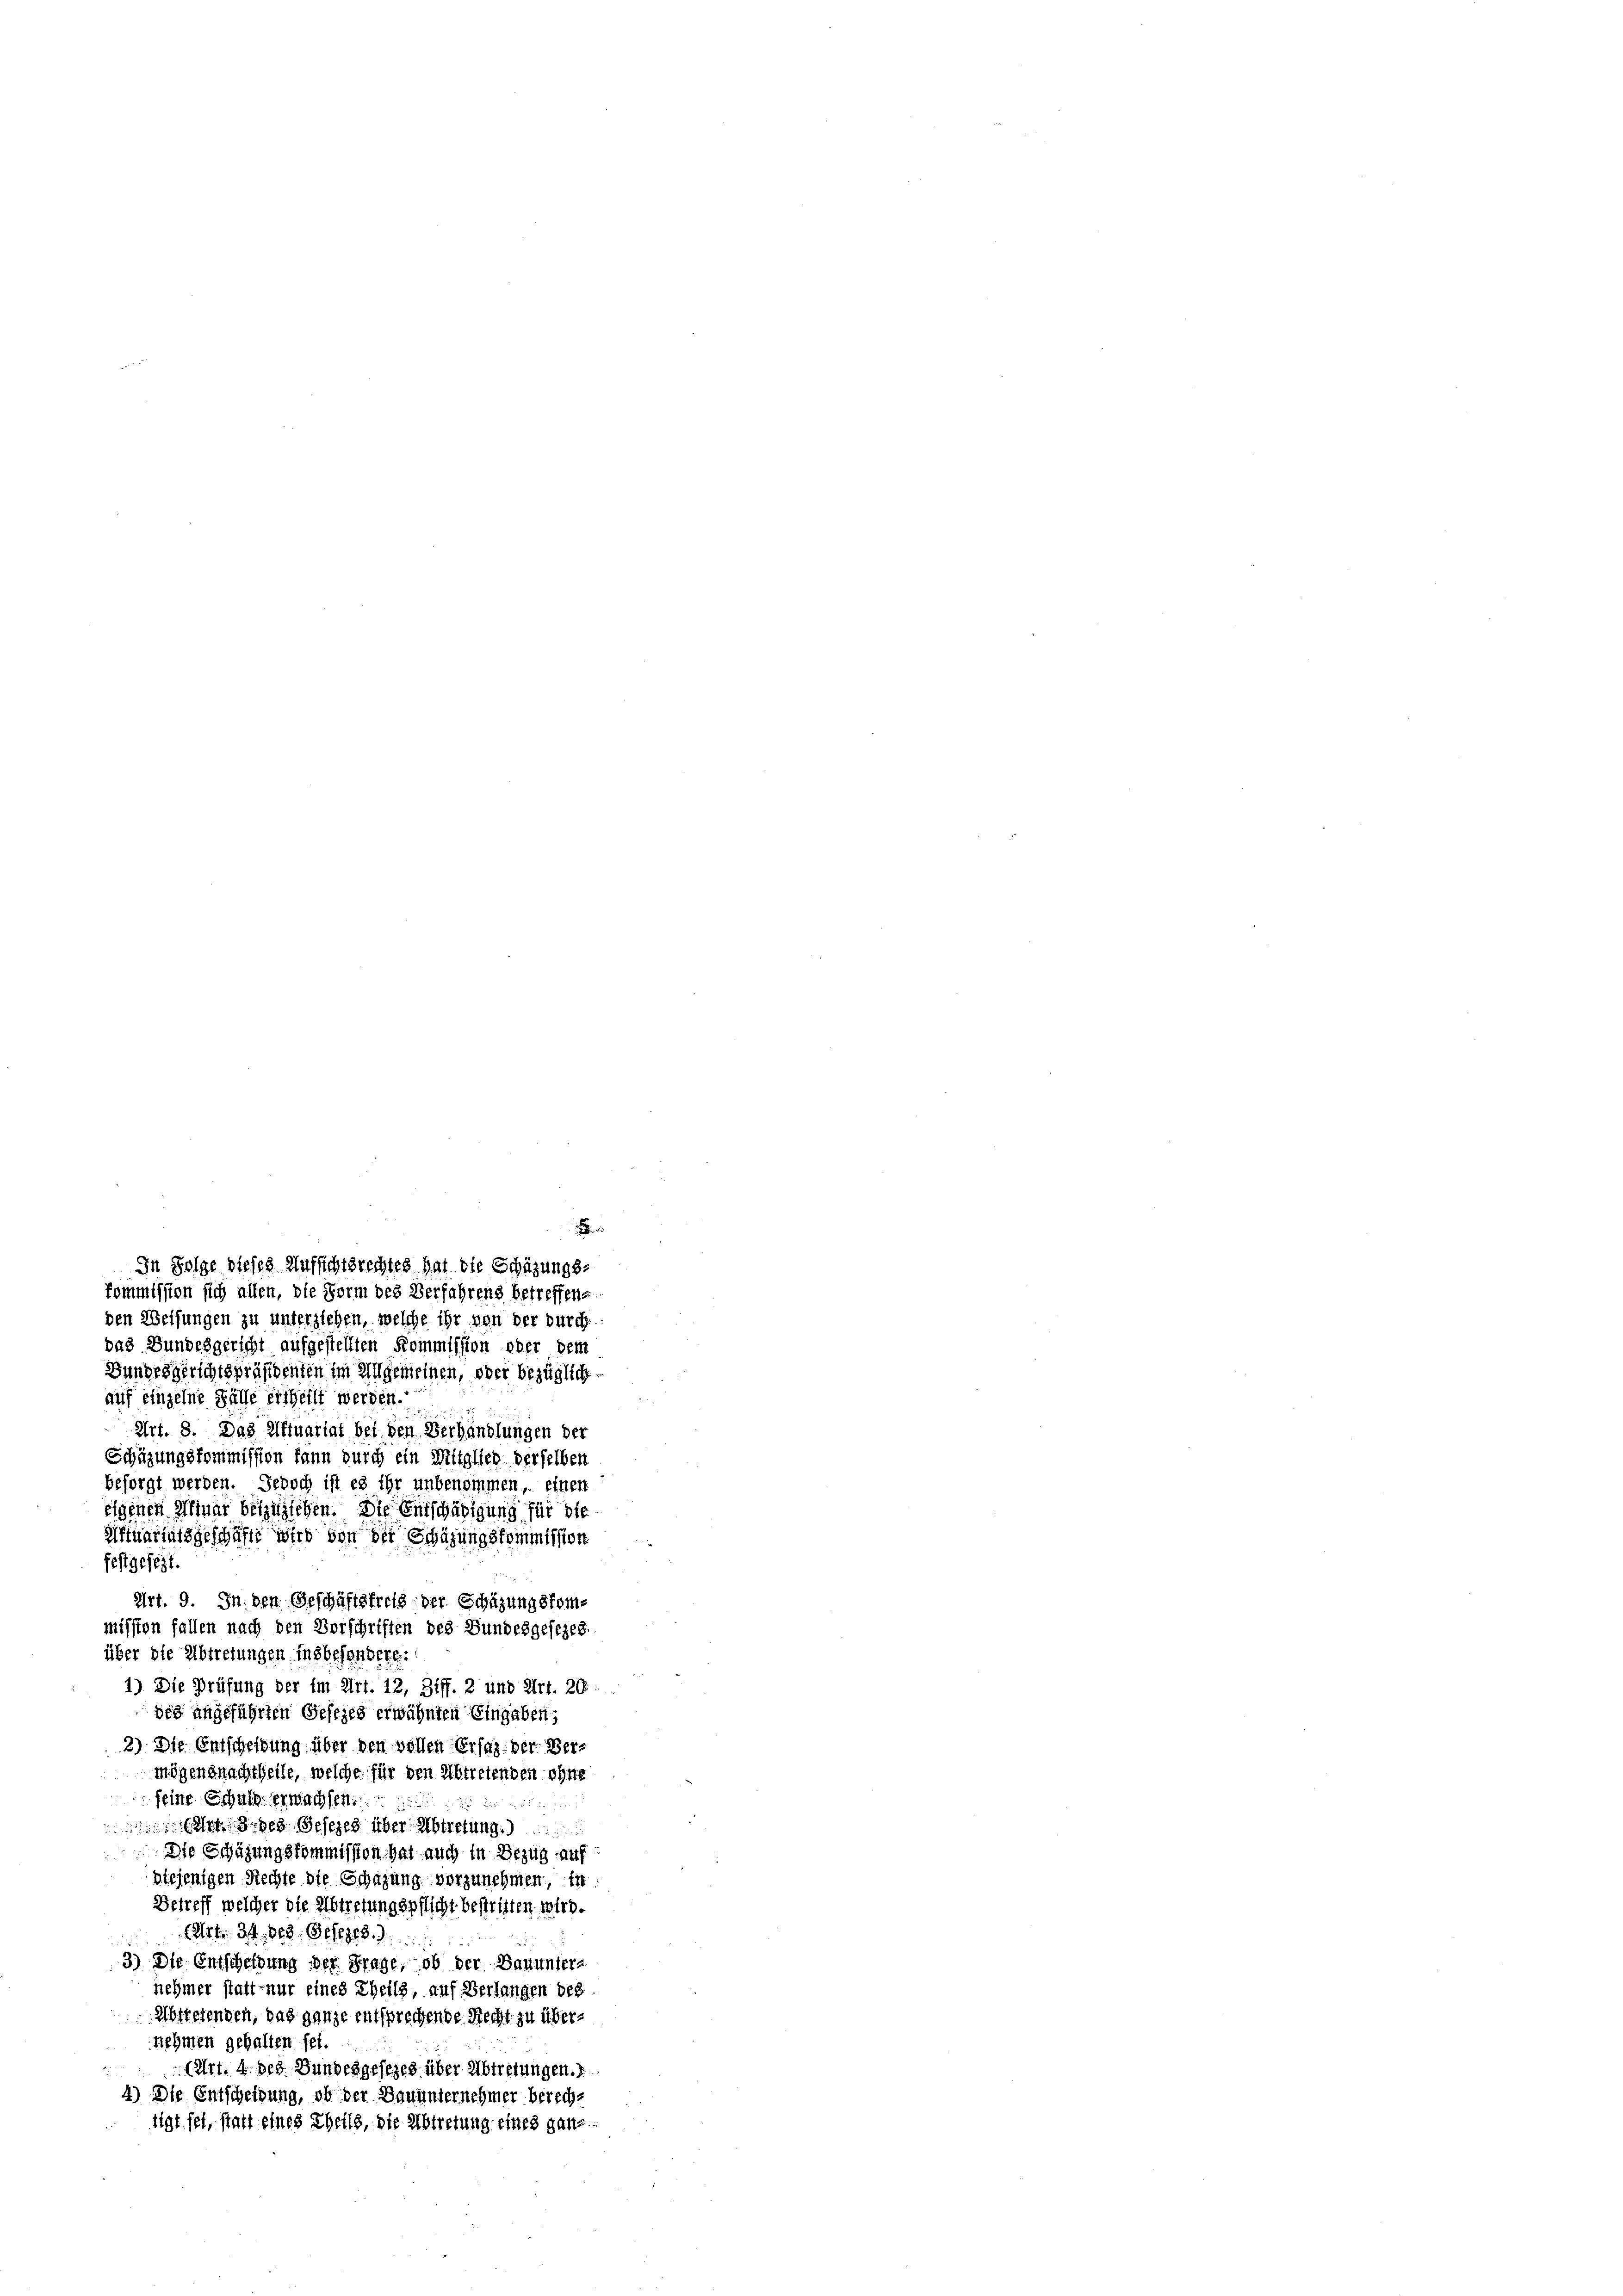
den Weisungen zu unterziehen, welche ihr von der durch
das Bundesgericht aufgestellten Kommission aber dem
Bundesgerichtspräsidenten im Allgemeinen, oder bezügliche
auf einzelne Fälle ertheilt werden.
2
Art. 8. Das Affuartal bei den Verhandlungen der
Schüzungskommission kann durch ein Mitglied derselben
besorgt werden. Jedoch ist es ihr unbenommen, einen
eigenen Alinar bezüglichen. Die Entschädigung für die
Aftuartalsgeschäfte wird von der Schäzungskommission
festgesezt.
Art. 9. In den Geschäftsfreis der Schüzungskommission fallen nach den Vorschriften des Bundesgesezes
über die Abtretungen insbesondere.
1.) Die Prüfung der im Art. 12, Ziff. 2 und Art. 20
des angeführten Gesezes erwähnten Eingaben;
2) Die Entscheibung über den vollen Ersatz der Vermögensnachtheile, welche für den Abtretenden ohne
feine Schuld erwachsen.
Am 8. 908. Gesezes über Abtretung
Die Schüzungskommission hat auch in Bezug auf
Diejenigen Rechte die Schazung vorzunehmen, in
Betreff welcher die Abtretungspflicht bestritten wird.
(Art. 34. 908. Gesezes.
3) Die Entscheidung der Frage, ob der Bauunter-
nehmer statt nur eines Theils, auf Verlangen des
Abtretenden, das ganze entsprechende Recht zu übernehmen gehalten sei.
(Art. 4 des Bundesgesezes über Abtretungen.
4) Die Entscheidung, ob der Dauunternehmer berecht
tigt sei, statt eines Theils, die Abtretung eines ganz

1
In Folge dieses Aufsichtsrechtes hat die Schäzungs-
kommission sich allen, die Form des Verfahrens betreffene